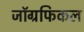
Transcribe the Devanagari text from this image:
जाॅग्रफिकल